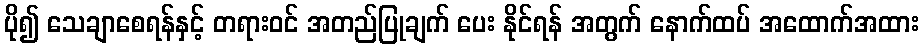
ပို၍ သေချာစေရန်နှင့် တရားဝင် အတည်ပြုချက် ပေး နိုင်ရန် အတွက် နောက်ထပ် အထောက်အထား